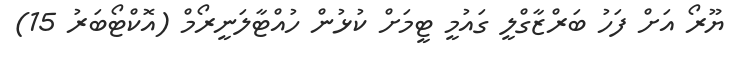
ޔޫރޯ އަށް ފަހު ބަރްޒާގްލީ ގައުމީ ޓީމަށް ކުޅުން ހުއްޓާލަނީރޯމް (އޮކްޓޯބަރު 15)